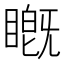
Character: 𬑦